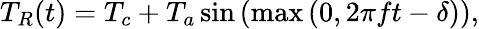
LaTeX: T_{R}(t)=T_{c}+T_{a}\sin\left(\operatorname*{max}\left(0,2\pi ft-\delta\right)\right),